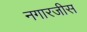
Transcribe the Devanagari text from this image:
नगारजीस